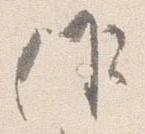
候